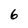
Character: 6